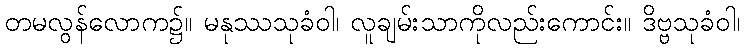
တမလွန်လောက၌။ မနုဿသုခံဝါ၊ လူချမ်းသာကိုလည်းကောင်း။ ဒိဗ္ဗသုခံဝါ၊